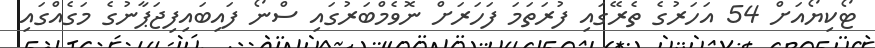
ޓޯކިޔޯއަށް 54 އަހަރުގެ ތެރޭގައި ފުރަތަމަ ފަހަރަށް ނޮވެމްބަރުގައި ސްނޯ ފައިބައިފިޖަޕާނުގެ މަގެއްގައި